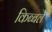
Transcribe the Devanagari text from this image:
किब्बले